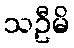
သဦမိ